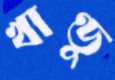
খাণ্ডু